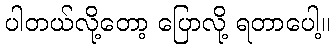
ပါတယ်လို့တော့ ပြောလို့ ရတာပေါ့။